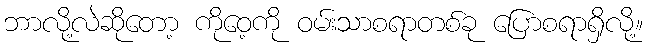
ဘာလို့လဲဆိုတော့ ကိုဝေ့ကို ဝမ်းသာစရာတစ်ခု ပြောစရာရှိလို့။